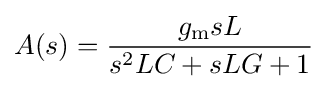
A(s)={\frac {g_{\mathrm {m} }sL}{s^{2}LC+sLG+1}}